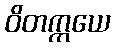
ဝိတက္ကယေ